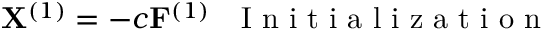
{ \bf X } ^ { ( 1 ) } = - c { \bf F } ^ { ( 1 ) } ~ ~ \mathrm { ~ I ~ n ~ i ~ t ~ i ~ a ~ l ~ i ~ z ~ a ~ t ~ i ~ o ~ n ~ }